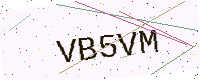
Text: VB5VM